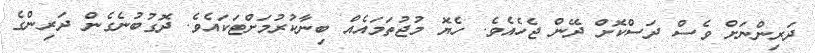
ދަރިންނަށް ވެސް ދަސްކޮށް ދޭން ޖެހެއެވެ. ހެޔޮ މުޖުތަމައެއް ބިނާކުރުމަށްޓަކައެވެ. ދޮގުބުނެގެން ދަރިންގެ